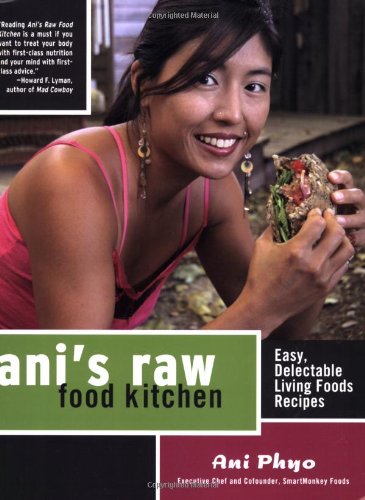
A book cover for Ani's Raw Food Kitchen: Easy, Delectable Living Foods Recipes; Ani Phyo; Cookbooks, Food & Wine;